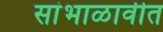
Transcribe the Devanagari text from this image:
सांभाळावीत